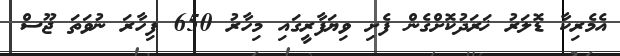
އެމެރިކާ ޑޮލަރު ޚަރަދުކޮށްގެން ފެށި ވިޔަފާރީގައި މިހާރު 650 ފިހާރަ ނުވަތަ ޖޫސް